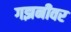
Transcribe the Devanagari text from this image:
गझनीवर